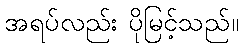
အရပ်လည်း ပိုမြင့်သည်။